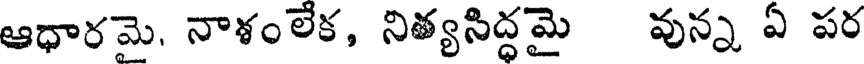
ఆధారమె, నాశంలేక, నిత్యసిద్ధమై వున్న ఏ పర